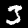
Label: 3